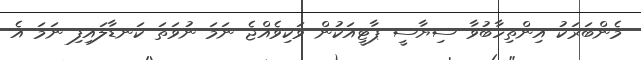
މެންބަރަކު އިންތިހާބުވާ ސިޔާސީ ޕާޓީއަކުން ވަކިވެއްޖެ ނަމަ ނުވަތަ ކަނޑާލައިފި ނަމަ އެ